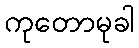
ကုတောမုခါ